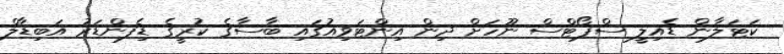
ކަޓަލާން ޑެއިލީ ސްޕޯޓްސް ނޫހަށް ދިން އިންޓަވިއުގައި ބާސާގެ ކުރީގެ ޑިފެންޑަރު އަބިޑާލް